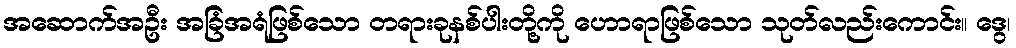
အဆောက်အဦး အခြံအရံဖြစ်သော တရားခုနစ်ပါးတို့ကို ဟောရာဖြစ်သော သုတ်လည်းကောင်း။ ဒွေ၊